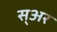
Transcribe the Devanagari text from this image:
स्अर